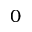
0